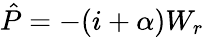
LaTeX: \hat{P}=-(i+\alpha)W_{r}